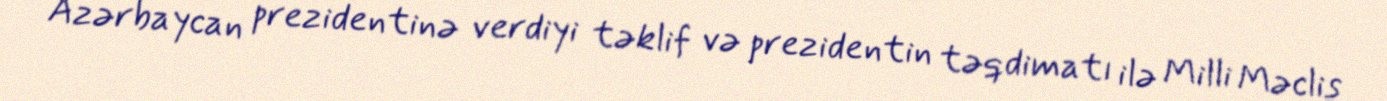
Azərbaycan prezidentinə verdiyi təklif və prezidentin təqdimatı ilə Milli Məclis